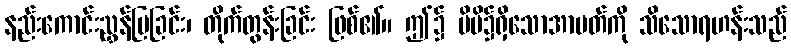
နည်းကောင်းညွှန်ပြခြင်း၊ တိုက်တွန်းခြင်း ဖြစ်၏။ ဤ၌ မိမိ၌ရှိသောအာပတ်ကို သိသောရဟန်းသည်